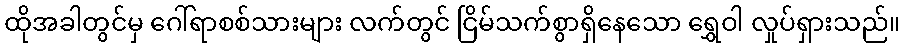
ထိုအခါတွင်မှ ဂေါ်ရာစစ်သားများ လက်တွင် ငြိမ်သက်စွာရှိနေသော ရွှေဝါ လှုပ်ရှားသည်။